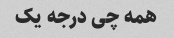
همه چی درجه یک